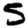
Digit: 5